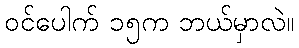
ဝင်ပေါက် ၁၅က ဘယ်မှာလဲ။